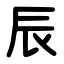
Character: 辰